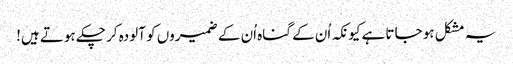
یہ مشکل ہو جاتا ہے کیونکہ اُن کے گناہ اُن کے ضمیروں کو آلودہ کر چکے ہوتے ہیں!